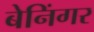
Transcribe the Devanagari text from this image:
बेनिंगर